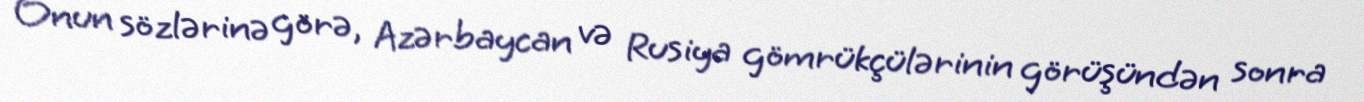
Onun sözlərinə görə, Azərbaycan və Rusiya gömrükçülərinin görüşündən sonra